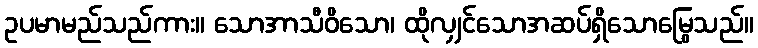
ဥပမာမည်သည်ကား။ သောအာသီဝိသော၊ ထိုလျှင်သောအဆပ်ရှိသောမြွေသည်။